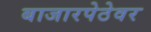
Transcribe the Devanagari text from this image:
बाजारपेठेवर